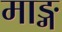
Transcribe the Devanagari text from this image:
माङ्ग